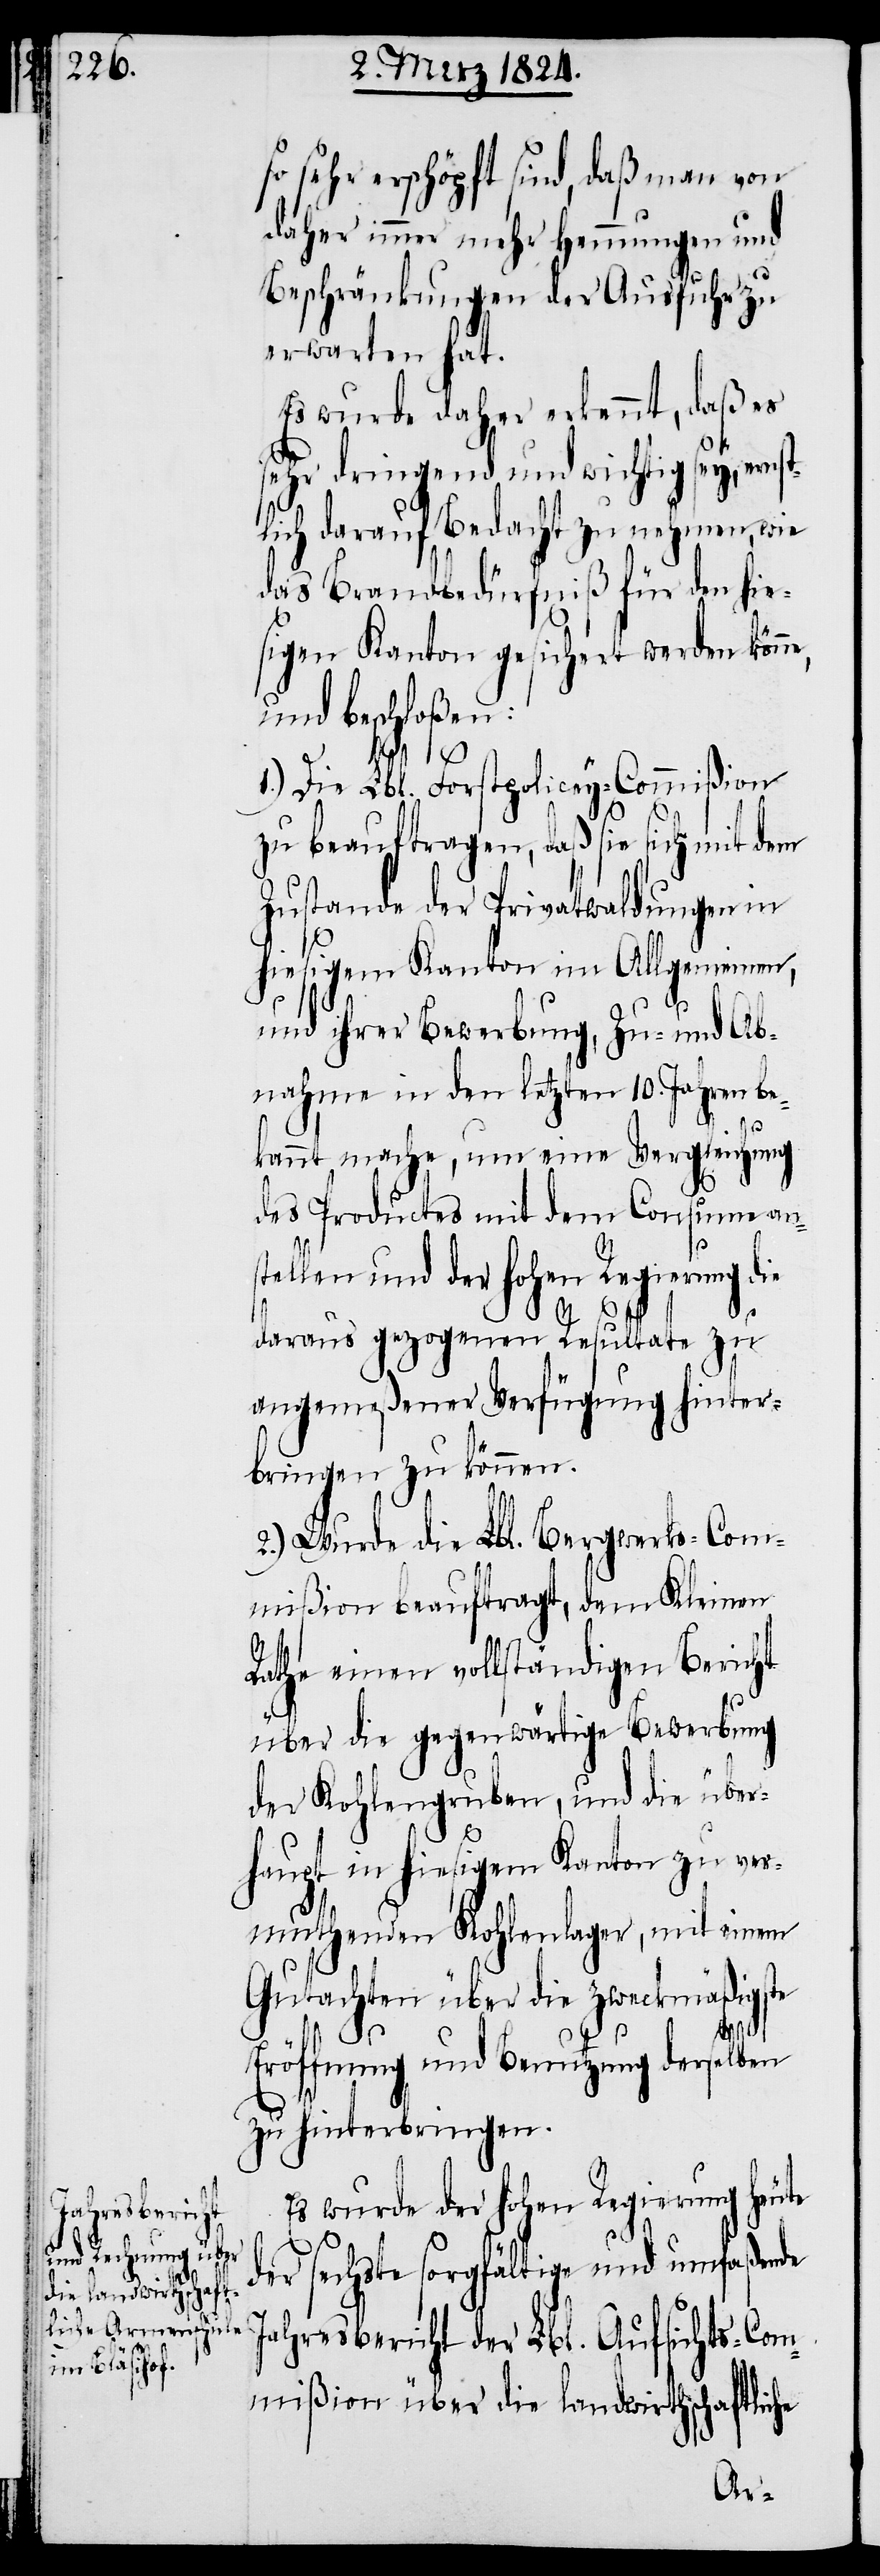
e,

so sehr erschöpft sind, daß von
daher immer mehr Hemmungen und
Beschränkungen der Ausfuhr zu
erwarten hat.
Es wurde daher erkennt, daß es
sehr dringend und wichtig sey, ernst¬
lich darauf Bedacht zu nehmen, wie
das Brandbedürfniß für den hie¬
sigen Kanton zugesichert werden könn¬
und beschloßen:
1.) Die Lbl. Forstpolicey-Commißion
zu beauftragen, daß sie sich mit dem
Zustande der Privatwaldungen in
hiesigem Kanton im Allgemeinen,
und ihrer Bewerbung, Zu- und Ab¬
nahme in den letzten 10. Jahren be¬
kannt mache, um eine Vergleichung
des Productes mit dem Consume ans¬
tellen und der hohen Regierung die
daraus gezogenen Resultate zu
angemeßener Verfügung hinter¬
bringen zu können.
2.) Wurde die Lbl. Bergwerks-Com¬
mißion beauftragt, dem Kleinen
Rathe einen vollständigen Bericht
über die gegenwärtige Bewerbung
der Kohlengruben, und die über¬
haupt in hiesigem Kanton zu ver¬
muthenden Kohlenlager, mit einem
Gutachten über die zweckmäßigste
Eröffnung und Benutzung derselben
zu hinterbringen.
Es wurde der hohen Regierung heute
der sechste sorgfältige und umfaßende
Jahresbericht der Lbl. Aufsichts-Com¬
mißion über die landwirthschaftliche